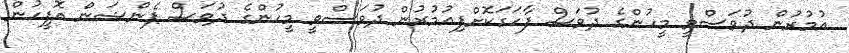
އުމުރުން ދުވަސްވީ މީހުންގެ ދުވަސް ފާހަގަކޮށްފިއުމުރުން ދުވަސްވީ މީހުންގެ ދުވަސް ޕެންޝަން އޮފީހުން